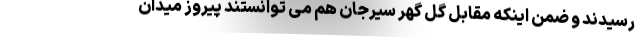
رسیدند و ضمن اینکه مقابل گل گهر سیرجان هم می توانستند پیروز میدان